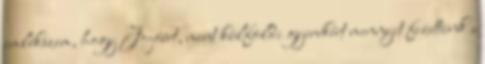
emlékszem, hogy Jojóért, mint külföldi gyerekért mennyit fizettünk .